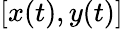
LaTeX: [x(t),y(t)]